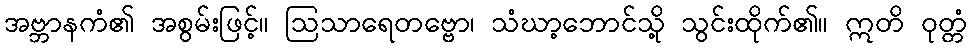
အဗ္ဘာနကံ၏ အစွမ်းဖြင့်။ ဩသာရေတဗ္ဗော၊ သံဃာ့ဘောင်သို့ သွင်းထိုက်၏။ ဣတိ ဝုတ္တံ